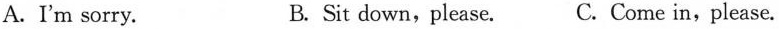
A.I'm sorry. B. Sit down, please. C. Come in,please.